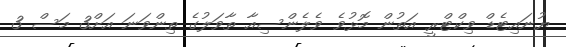
ޔުނައިޓެޑް ވިކްޓްރީ އަތުން މޮޅުވެ ވެލެންސިއާ ތާވަލުގެ ތިންވަނަ އަށް3 މަސް 3